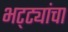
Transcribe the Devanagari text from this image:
भट्ट्यांचा